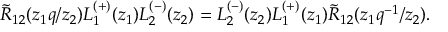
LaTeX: \tilde { R } _ { 1 2 } ( z _ { 1 } q / z _ { 2 } ) L _ { 1 } ^ { ( + ) } ( z _ { 1 } ) L _ { 2 } ^ { ( - ) } ( z _ { 2 } ) = L _ { 2 } ^ { ( - ) } ( z _ { 2 } ) L _ { 1 } ^ { ( + ) } ( z _ { 1 } ) \tilde { R } _ { 1 2 } ( z _ { 1 } q ^ { - 1 } / z _ { 2 } ) .